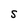
Character: S